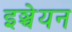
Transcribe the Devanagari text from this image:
इञ्चेयन